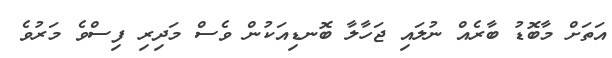
އަތަށް މާބޮޑު ބާރެއް ނުލައި ޖަހާލާ ބޮނޑިއަކުން ވެސް މަދިރި ފިސްވެ މަރުވެ